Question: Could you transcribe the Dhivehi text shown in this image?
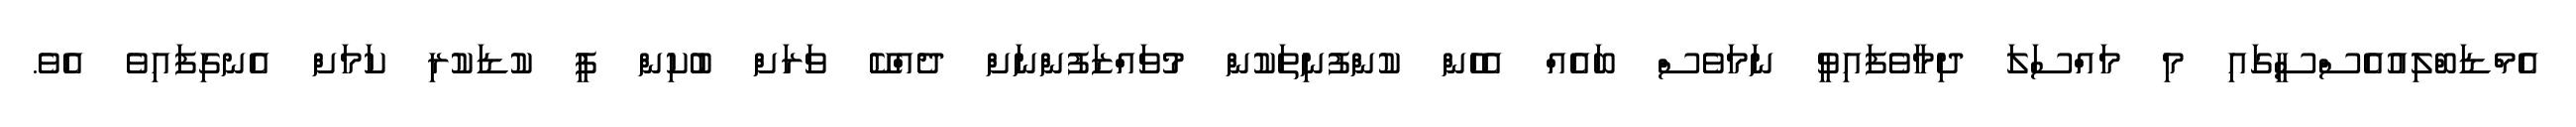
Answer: އެމްޑަބްލިއުއެސްސީގައި މި މައްސަލަ ދިމާވެފައިވީ ނަމަވެސް ބައެއް އެހެން ކުންފުނިތަކުން މުވައްޒަފުންނަށް ދެއްކޭ ވަރަށް ބުކިން ފީ ކުޑަކުރި ކަމަށް އެނގިފައިވެ އެވެ.